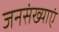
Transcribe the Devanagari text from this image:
जनसंख्याएं